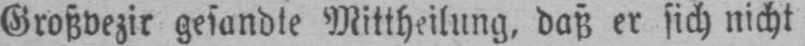
Großvezir gesandte Mittheilung, daß er sich nicht